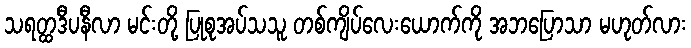
သရတ္ထဒီပနီလာ မင်းတို့ ပြုစုအပ်သသူ တစ်ကျိပ်လေးယောက်ကို အဘပြောသာ မဟုတ်လား